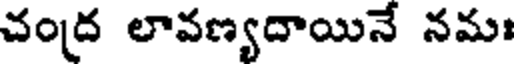
చంద లావణ్యదాయినే నమః